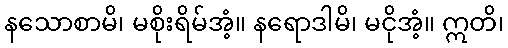
နသောစာမိ၊ မစိုးရိမ်အံ့။ နရောဒါမိ၊ မငိုအံ့။ ဣတိ၊